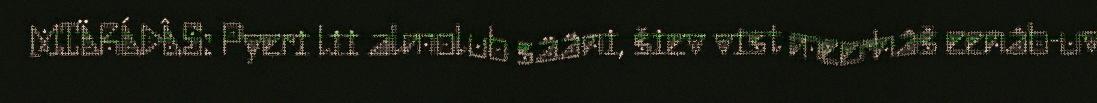
MIÄRÁDÂS: Pyeri lii almolub sääni, šiev vist meerhâš eenâb-uv